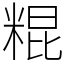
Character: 䊐